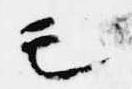
モ